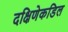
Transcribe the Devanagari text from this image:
दक्षिणेकडिल